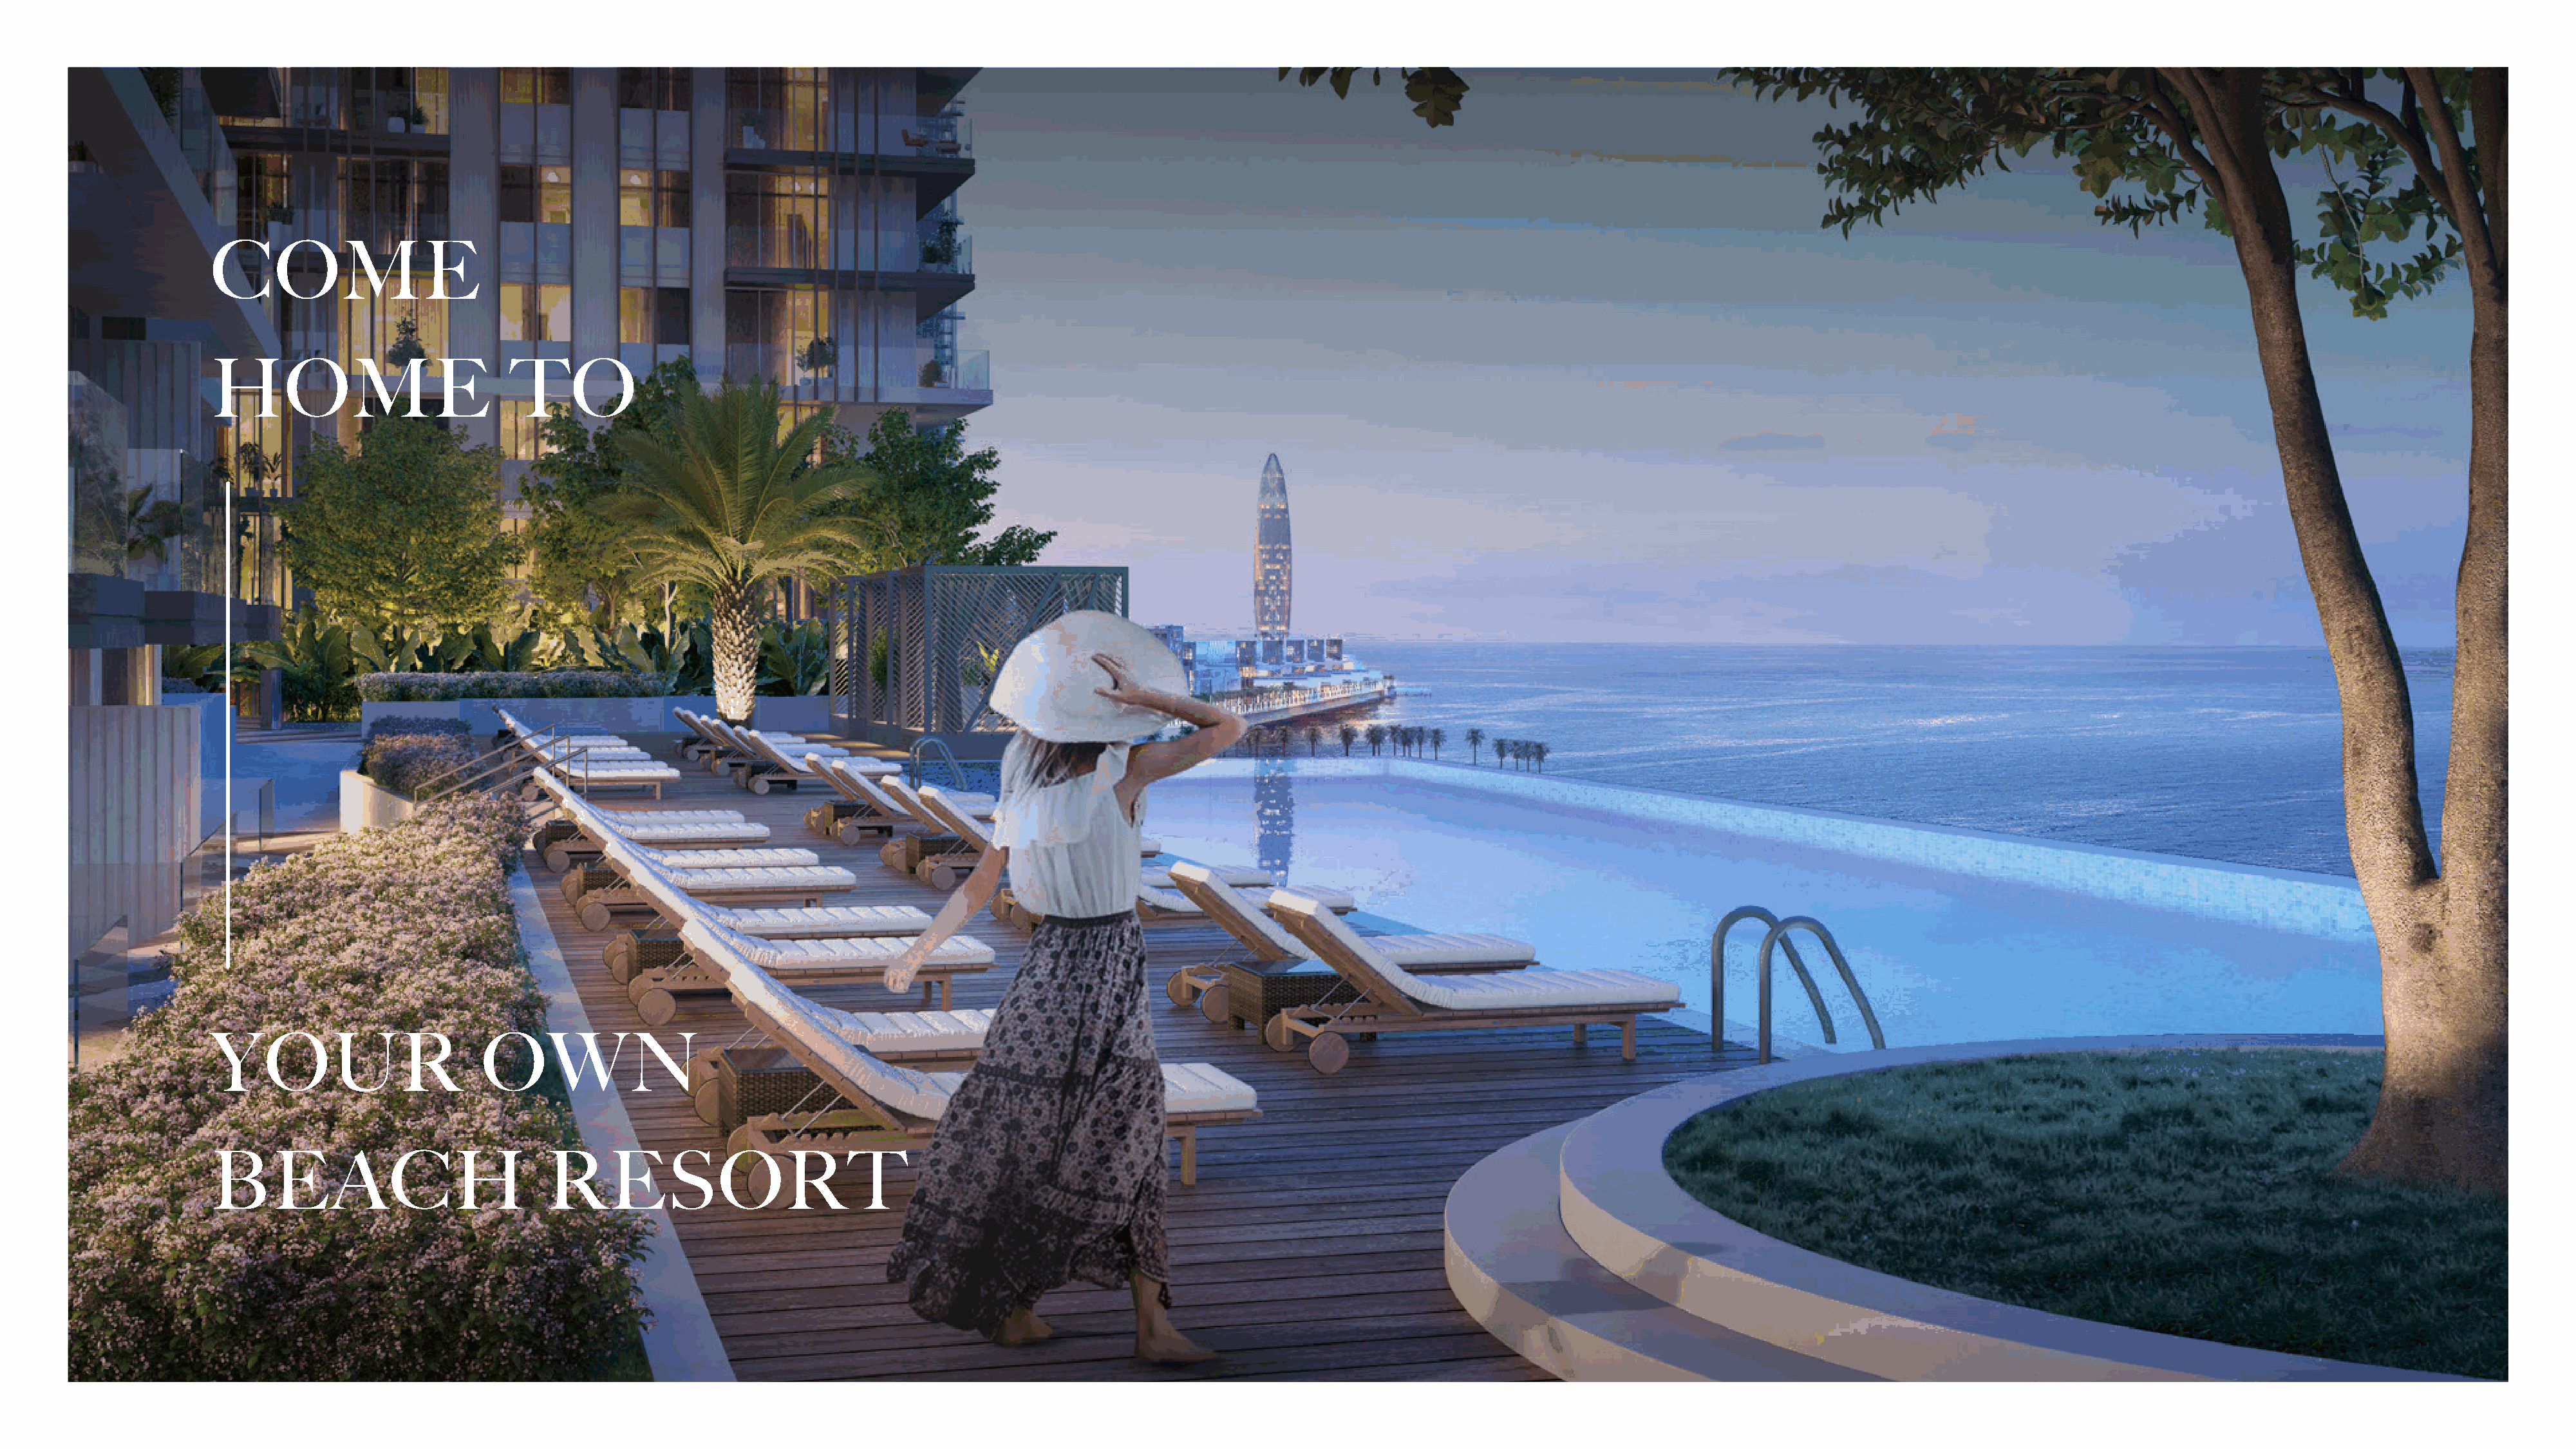
COME
 HOME                          TO
 YOUR                       OWN
 BEACH                             RESORT